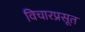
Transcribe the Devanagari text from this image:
विचारप्रसूत